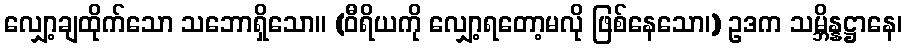
လျှော့ချထိုက်သော သဘောရှိသော။ (ဝီရိယကို လျှော့ရတော့မလို ဖြစ်နေသော၊) ဥဒက သမ္ဘိန္နဋ္ဌာနေ၊